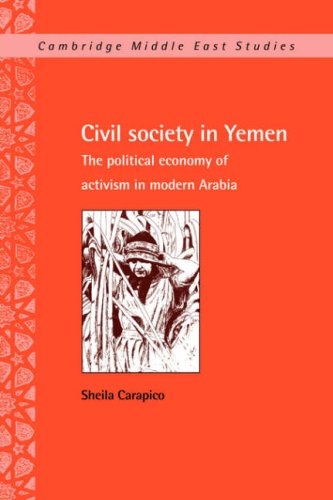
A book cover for Civil Society in Yemen: The Political Economy of Activism in Modern Arabia (Cambridge Middle East Studies); Sheila Carapico; History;